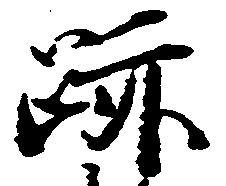
跡